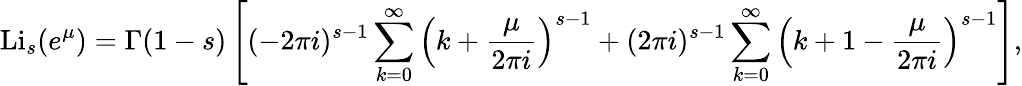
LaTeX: \operatorname{Li}_{s}(e^{\mu})=\Gamma(1-s)\left[(-2\pi i)^{s-1}\sum_{k=0}^{\infty}\left(k+{\frac{\mu}{2\pi i}}\right)^{s-1}+(2\pi i)^{s-1}\sum_{k=0}^{\infty}\left(k+1-{\frac{\mu}{2\pi i}}\right)^{s-1}\right],